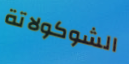
الشوكولاتة